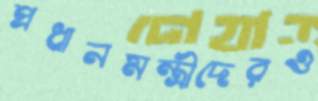
প্রধানমন্ত্রীদেরও